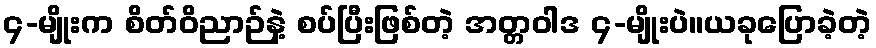
၄-မျိုးက စိတ်ဝိညာဉ်နဲ့ စပ်ပြီးဖြစ်တဲ့ အတ္တဝါဒ ၄-မျိုးပဲ။ယခုပြောခဲ့တဲ့